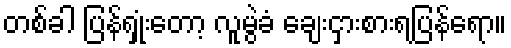
တစ်ခါ ပြန်ရှုံးတော့ လူမွဲခံ ချေးငှားစားရပြန်ရော။